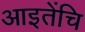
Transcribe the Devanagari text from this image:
आइतेंचि